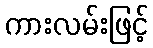
ကားလမ်းဖြင့်